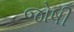
જોષી